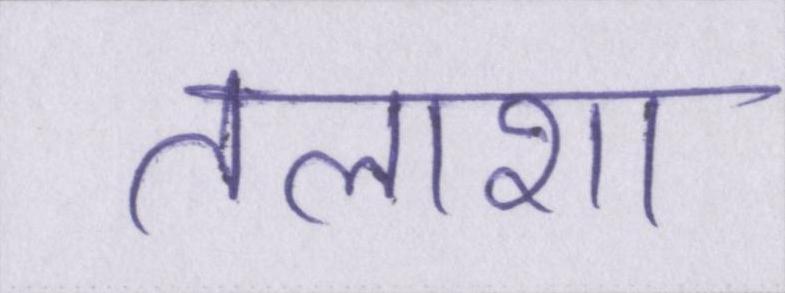
तलाशा